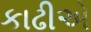
કાઢીએ